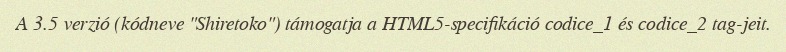
A 3.5 verzió (kódneve "Shiretoko") támogatja a HTML5-specifikáció codice_1 és codice_2 tag-jeit.